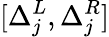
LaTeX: [\Delta_{j}^{L},\Delta_{j}^{R}]